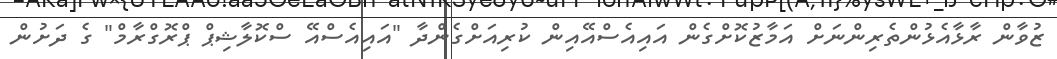
ޒުވާން ރާޅާއެޅުންތެރިންނަށް އަމާޒުކޮށްގެން އައިއެސްއޭއިން ކުރިއަށްގެންދާ "އައިއެސްއޭ ސްކޮލާޝިޕް ޕްރޮގްރާމް" ގެ ދަށުން